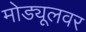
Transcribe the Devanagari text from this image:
मोड्यूलवर